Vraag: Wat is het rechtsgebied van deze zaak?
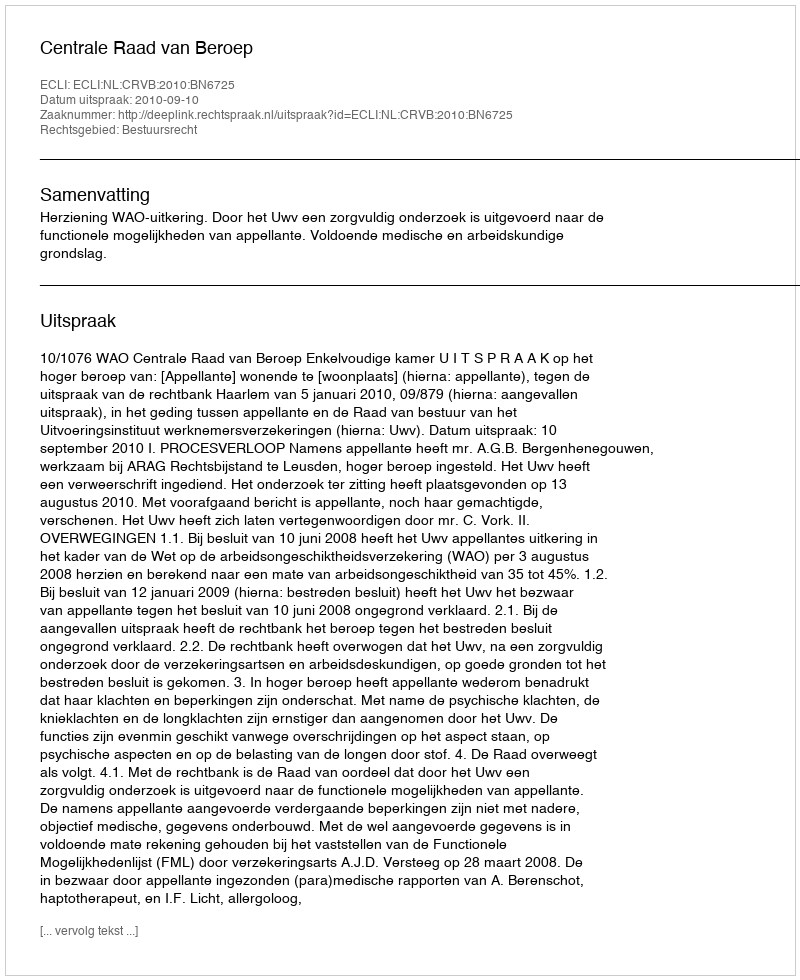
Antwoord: Bestuursrecht